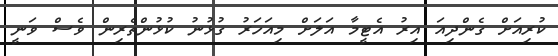
ކުރިއަށް ގެންދިއަ އިރު އެޓީމާ އަލަށް މިއަހަރު ގުޅުނު ކުޅުންތެރިން ވެސް ވަނީ